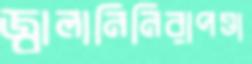
জ্বালানিনিরাপত্তা